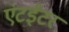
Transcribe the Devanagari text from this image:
एंटईटर